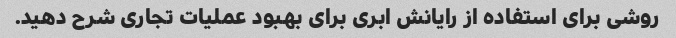
روشی برای استفاده از رایانش ابری برای بهبود عملیات تجاری شرح دهید.